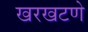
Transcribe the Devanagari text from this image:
खरखटणे